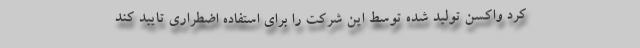
کرد واکسن تولید شده توسط این شرکت را برای استفاده اضطراری تایید کند